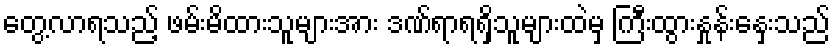
တွေ့လာရသည့် ဖမ်းမိထားသူများအား ဒဏ်ရာရရှိသူများထဲမှ ကြီးထွားနှုန်းနှေးသည်